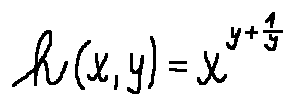
h ( x , y ) = x ^ { y + \frac { 1 } { y } }